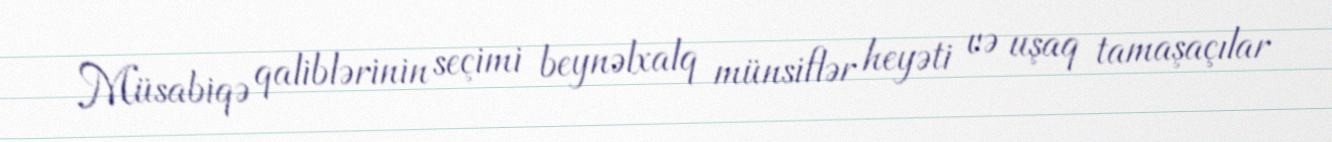
Müsabiqə qaliblərinin seçimi beynəlxalq münsiflər heyəti və uşaq tamaşaçılar